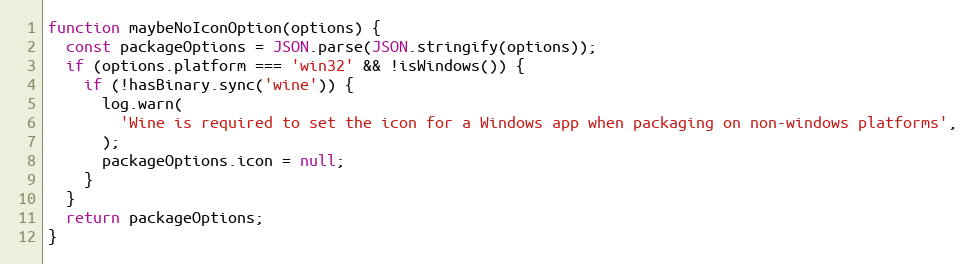
Language: JavaScript
function maybeNoIconOption(options) {
  const packageOptions = JSON.parse(JSON.stringify(options));
  if (options.platform === 'win32' && !isWindows()) {
    if (!hasBinary.sync('wine')) {
      log.warn(
        'Wine is required to set the icon for a Windows app when packaging on non-windows platforms',
      );
      packageOptions.icon = null;
    }
  }
  return packageOptions;
}